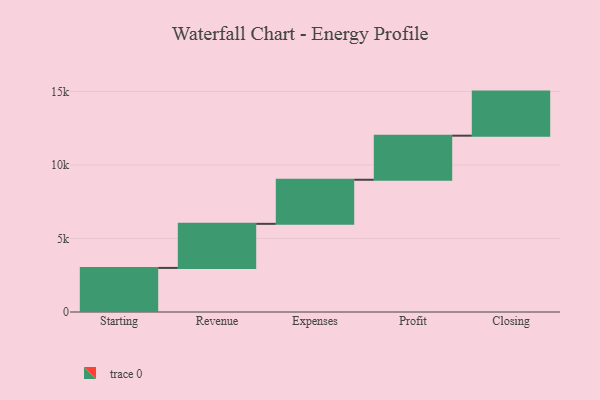
{"axis": {"x": "Step", "y": "Value"}, "legend": [""], "data": [{"x": "Starting", "y": 3000, "type": ""}, {"x": "Revenue", "y": 3000, "type": ""}, {"x": "Expenses", "y": 3000, "type": ""}, {"x": "Profit", "y": 3000, "type": ""}, {"x": "Closing", "y": 3000, "type": ""}]}